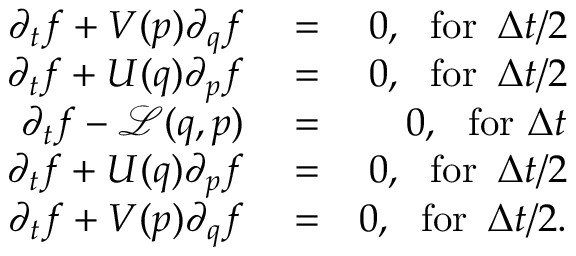
\begin{array} { r l r } { { \partial _ { t } f } + V ( p ) { \partial _ { q } f } } & { { } = } & { 0 , \, \, \, \, \mathrm { f o r } \, \, \, \Delta t / 2 } \\ { { \partial _ { t } f } + U ( q ) { \partial _ { p } f } } & { { } = } & { 0 , \, \, \, \, \mathrm { f o r } \, \, \, \Delta t / 2 } \\ { { \partial _ { t } f } - \mathcal { L } ( q , p ) } & { { } = } & { 0 , \, \, \, \, \mathrm { f o r } \, \, \Delta t } \\ { { \partial _ { t } f } + U ( q ) { \partial _ { p } f } } & { { } = } & { 0 , \, \, \, \, \mathrm { f o r } \, \, \, \Delta t / 2 } \\ { { \partial _ { t } f } + V ( p ) { \partial _ { q } f } } & { { } = } & { 0 , \, \, \, \, \mathrm { f o r } \, \, \, \Delta t / 2 . } \end{array}